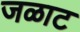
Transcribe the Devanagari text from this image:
जळाट